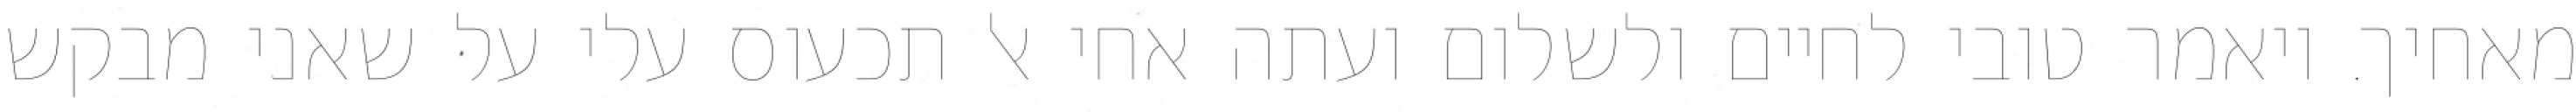
מאחיך. ויאמר טובי לחיים ולשלום ועתה אחי אל תכעוס עלי על שאני מבקש